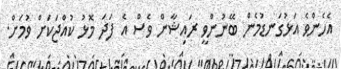
އެހެންވެ އަޅުގަނޑުމެން ބޭނުންވީ ރައިޝާން ވެސް އެ ފަދަ މޮޅު ކުއްޖަކަށް ވުމަށް.